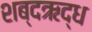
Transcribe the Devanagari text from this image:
शब्दऋद्ध